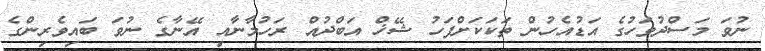
ނުވަ މަސްދުވަހުގެ އަޑުއެހުން ތަކަކަށްފަހު ޝޭޚް އަބްދުއް ރަހުމާނާއި އޭނާގެ ނުވަ ބައިވެރިންގެ